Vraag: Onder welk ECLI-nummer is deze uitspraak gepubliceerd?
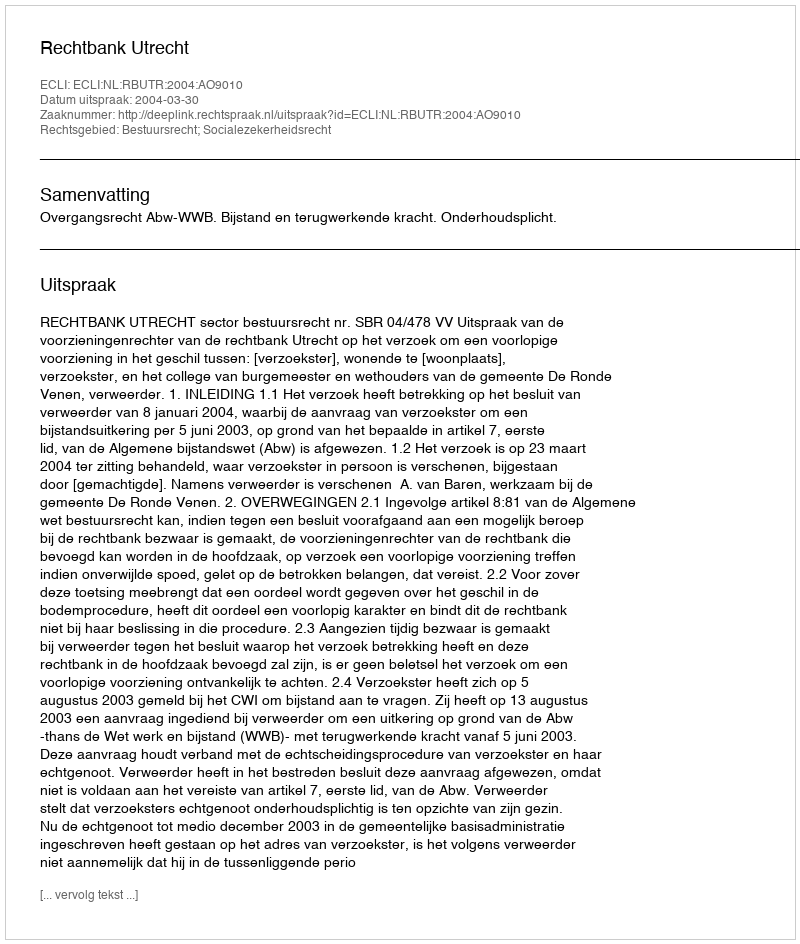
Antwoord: ECLI:NL:RBUTR:2004:AO9010